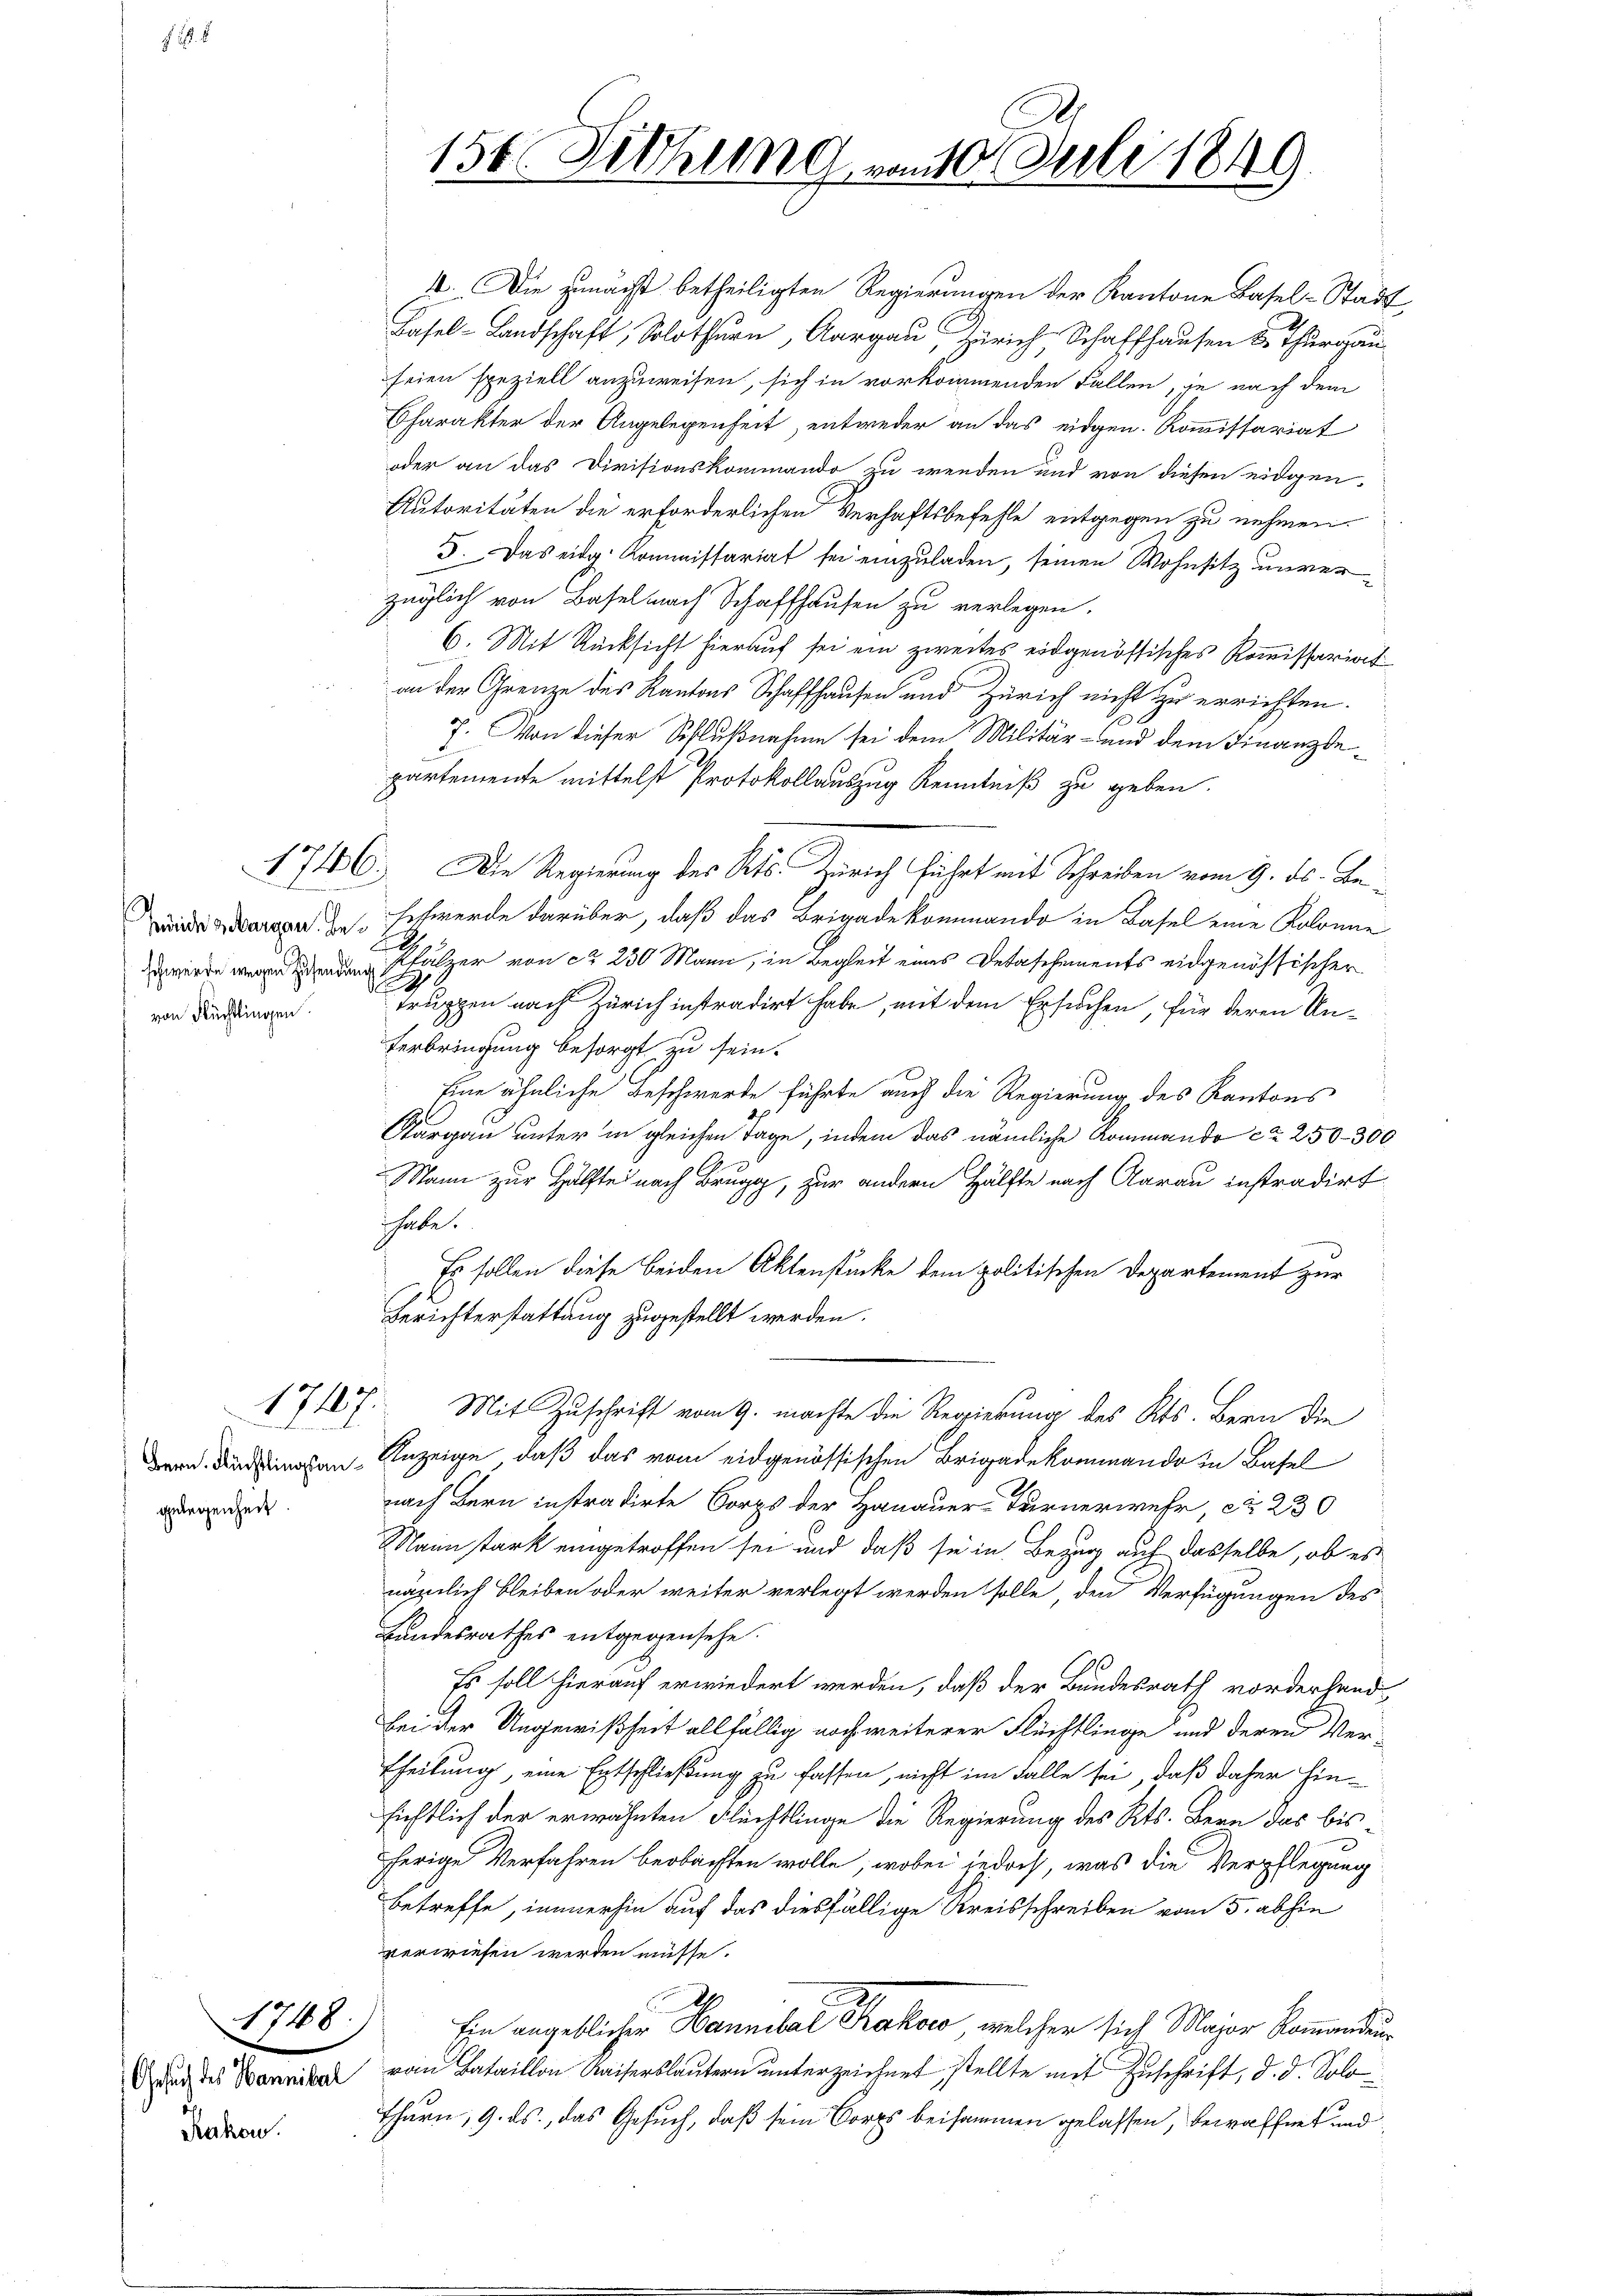
von Flüchtlingen.

gelegenheit.

2. 8

17107.

1748)
Rakon.

156. Sitzung vom 10. Juli 1849

4. Die zunächst betheiligten Regierungen der Kantone Basel-Stadt
Basel-Landschaft, Solothurn, Aargau, Zürich, Schaffhausen u. Thurgau
seien speziell anzuweisen, sich in vorkommenden Fallen je nach dem
Charakter der Angelegenheit, entweder an das eidgen. Kommissariat
oder an das Divisionskommando zu wenden und von diesen eidgen
Autoritäten die erforderlichen Verhaftsbefehle entgegen zu nehmen.
F. Das eidg. Kommissariat sei einzuladen, seinen Wohnsitz unverzüglich von Basel nach Schaffhausen zu verlegen.
6. Mit Rücksicht hierauf sei ein zweites eidgenössisches Kommissarios
an der Grenze des Kantons Schaffhausen und Zürich nicht zu errichten.
7. Von dieser Schlußnahme sei dem Militär- und dem Finanzdepartemente mittelst Protokollauszug Kenntniß zu geben.
1746. Die Regierung des Kts. Zürich führt mit Schreiben vom 9. ds. Bewider daran zu schwerde darüber, daß das Brigade kommando in Basel eine Kolonie
 Palzer von § 230 Mann, in Begleit eines Detaschements eidgenössischer
2
truppen nach Zürich instradirt habe, mit dem Ersuchen, für deren Un¬
Verbringung besorgt zu sein.
Eine ähnliche Beschwerde führte auch die Regierung des Kantons
Aargau unter in gleichen Tage, indem das nämliche Kommando ca 250 - 300
Mann zur Hälfte nach Brugg, zur andern Hälfte nach Aarau instradirt.
habe.
Es sollen diese beiden Aktenstücke dem politischen Departement zur
Berichterstattung zugestellt werden.
Mit Zuschrift vom 9. machte die Regierung des Kts. Bern die
 Anzeige, daß das vom eidgenössischen Brigadekommando in Basel
nach Bern instradirte Corps der Hanauer-Turnerwehr, No. 230
Main stark eingetroffen sei und daß sie in Bezug auf dasselbe, ob es
nämlich bleiben oder weiter verlegt werden solle, den Verfügungen des
Landesrathes entgegensehe.
Es soll hierauf erwiedert werden, daß der Bundesrath vorderhandbei der Ungewißheit allfällig noch weiterer Flüchtlinge und deren Vertheilung, eine Entschließung zu fassen, nicht im Falle sei, daß daher hin-
sichtlich der erwähnten Flüchtlinge die Regierung des Kts. Bern das bisherige Verfahren beobachten wolle, wobei jedoch, was die Verpflegung
betreffe, immerhin auf das diesfällige Kreisschreiben vom 5. abhin
verwiesen werden müsse.
Ein angeblichen Hannibal daher, welcher sich Major kommenden
 des von Bataillon Kaiserlautern unterzeichnet, stellte mit Zuschrift, d. d. Solo¬
Thurn, 9. ds., das Gesuch, daß sein Corps beisammen gelassen, bewaffnet und